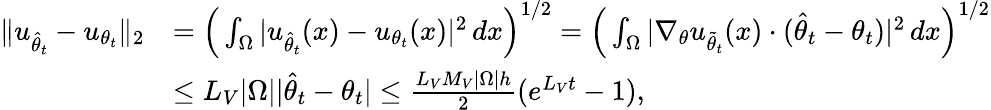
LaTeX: \begin{array}{rl}{\| u_{\hat{\theta}_{t}}-u_{\theta_{t}}\| _{2}}&{=\Big(\int_{\Omega}|u_{\hat{\theta}_{t}}(x)-u_{\theta_{t}}(x)|^{2}\, dx\Big)^{1/2}=\Big(\int_{\Omega}|\nabla_{\theta}u_{\tilde{\theta}_{t}}(x)\cdot(\hat{\theta}_{t}-\theta_{t})|^{2}\, dx\Big)^{1/2}}\\ &{\le L_{V}|\Omega||\hat{\theta}_{t}-\theta_{t}|\le\frac{L_{V}M_{V}|\Omega|h}{2}(e^{L_{V}t}-1),}\end{array}